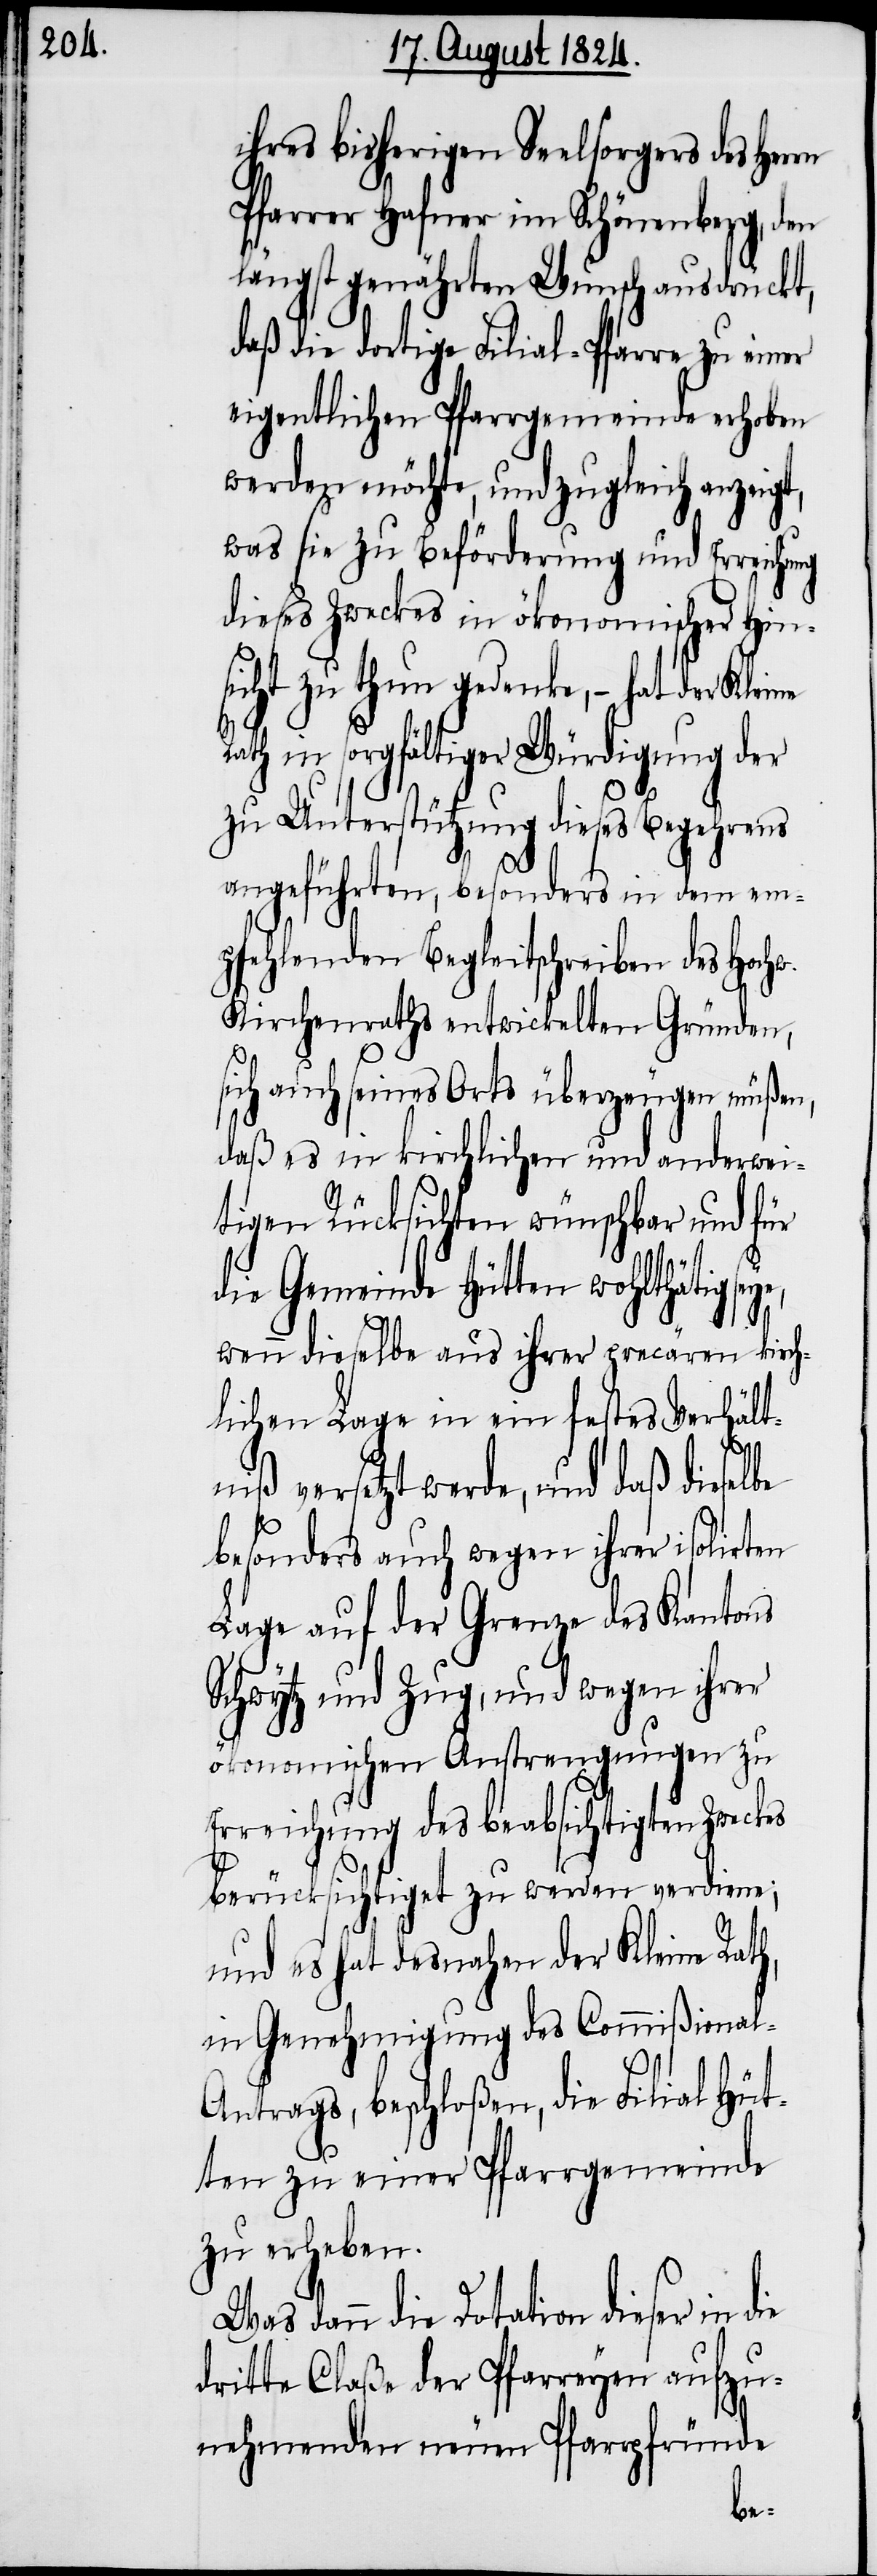
ihres bisherigen Seelsorgers des Herrn
Pfarrer Hafner im Schönenberg, den
längst genährten Wunsch ausdrückt,
daß die dortige Filial-Pfarre zu einer
eigentlichen Pfarrgemeinde erhoben
werden möchte, und zugleich anzeigt,
was sie zu Beförderung und Erreichung
dieses Zweckes in ökonomischer Hin¬
sicht zu thun gedenke, – hat der Klei¬
ath in sorgfältiger Würdigung der
zu Unterstützung dieses Begehrens
angeführten, besonders in dem em¬
pfehlenden Begleitschreiben des Hochw.
Kirchenraths entwickelten Gründen,
sich auch seines Orts überzeugen müßen,
daß es in kirchlichen und anderwei¬
tigen Rücksichten wünschbar und für
die Gemeinde Hütten wohlthätig seye,
wenn dieselbe aus ihrer precären kirch¬
lichen Lage in ein festes Verhält¬
niß versetzt werde, und daß dieselbe
besonders auch wegen ihrer isolirten
Lage auf der Grenze des Kantons
Schwytz und Zug, und wegen ihrer
ökonomischen Anstrengungen zu
Erreichung des beabsichtigten Zwec¬
berücksichtiget zu werden verdiene;
und es hat desnahen der Kleine Rath,
in Genehmigung des Commißional-A¬
ntrags, beschloßen, die Filial Hüt¬
ten zu einer Pfarrgemeinde
zu erheben.
Was dann die Dotation dieser in
dritte Claße der Pfarreyen aufzu¬
nehmenden neuen Pfarrpfründe
kes